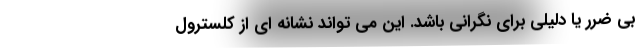
بی ضرر یا دلیلی برای نگرانی باشد. این می تواند نشانه ای از کلسترول